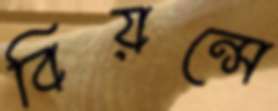
বিয়ন্সে